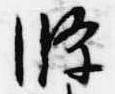
条